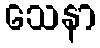
သေနာ